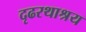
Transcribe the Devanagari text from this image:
दृढरथाश्रय